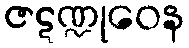
ဇဋဏ္ဍုဝေန